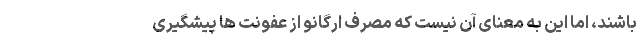
باشند، اما این به معنای آن نیست که مصرف اُرگانو از عفونت ها پیشگیری